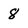
Character: 8